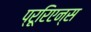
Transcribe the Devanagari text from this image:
प्रूरिएन्स